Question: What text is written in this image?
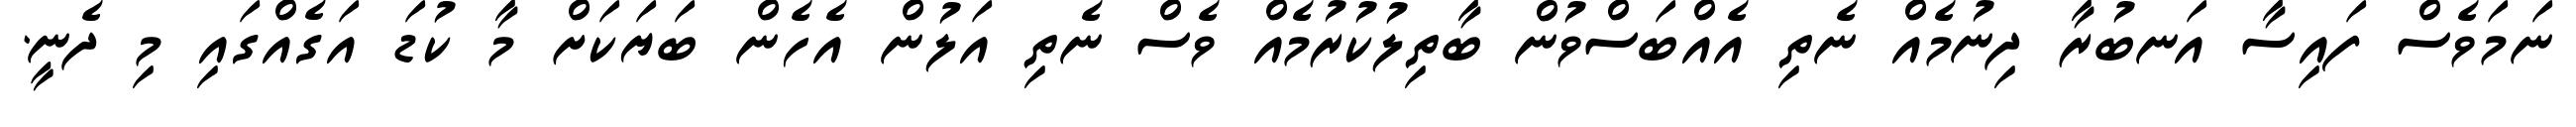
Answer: ނަމަވެސް ފައިސާ އަނބުރާ ދިނުމެއް ނެތި އެއްބަސްވުން ބާތިލުކުރުމެއް ވެސް ނެތި އަލުން އެހެން ބަޔަކަށް މާ ކުޑަ އަގެއްގައި މި ދެނީ.